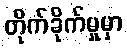
တိုက်ခိုက်မှုမှာ